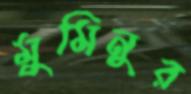
মুমিনুর